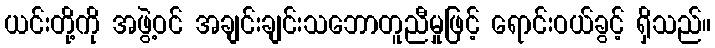
ယင်းတို့ကို အဖွဲ့ဝင် အချင်းချင်းသဘောတူညီမှုဖြင့် ရောင်းဝယ်ခွင့် ရှိသည်။